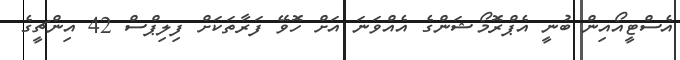
އެސްޓީއޯއިން ބުނީ އެޕްރޮމޯޝަންގެ އެއްވަނަ އަށް ހޮވޭ ފަރާތަކަށް ފިލިޕްސް 42 އިންޗީގެ